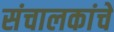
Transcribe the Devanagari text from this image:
संचालकांचे